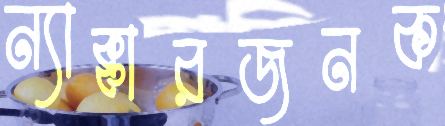
ন্যাক্কারজনক